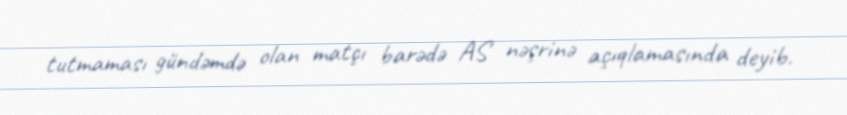
tutmaması gündəmdə olan matçı barədə AS nəşrinə açıqlamasında deyib.